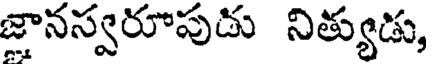
జ్ఞానస్వరూపుడు నిత్యుడు,